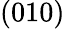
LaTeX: (010)